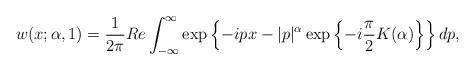
LaTeX: \begin{align*}w(x; \alpha, 1) = \frac{1}{2\pi}Re \int_{-\infty}^{\infty}\exp\left\{-ipx - |p|^{\alpha}\exp\left\{-i\frac{\pi}{2}K(\alpha)\right\}\right\}dp, \end{align*}